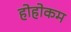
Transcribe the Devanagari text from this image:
होहोकम